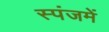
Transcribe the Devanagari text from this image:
स्पंजमें